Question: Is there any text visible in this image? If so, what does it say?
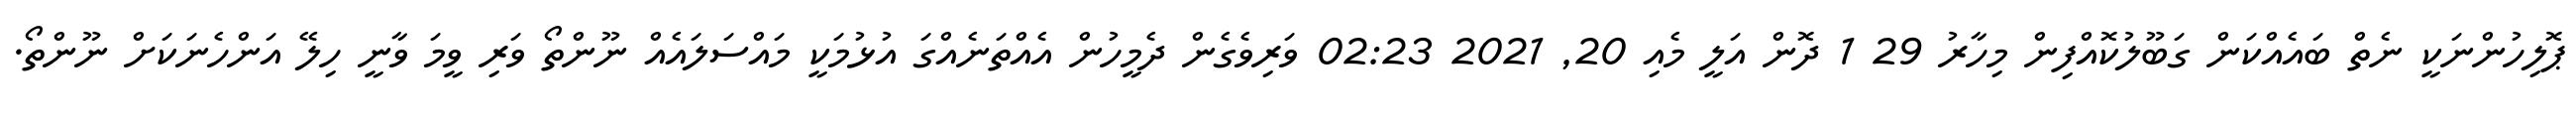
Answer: ޕޮލިހުންނަކީ ނެތް ބައެއްކަން ގަބޫލުކޮއްފިން މިހާރު 29 1 ދޮން އަލީ މެއި 20, 2021 02:23 ވަރިވެގެން ދެމީހުން އެއްތަނެއްގަ އުޅުމަކީ މައްސަލައެއް ނޫންތޯ ވަރި ވީމަ ވާނީ ހިލޭ އަންހެނަކަށް ނޫންތޯ.